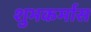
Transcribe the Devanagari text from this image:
शुभकर्मास